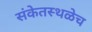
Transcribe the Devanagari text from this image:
संकेतस्थळेच